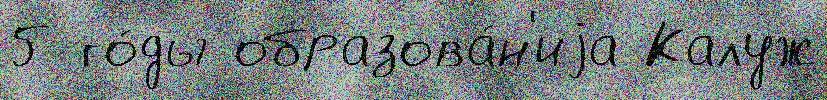
5 го́ды образова́н'иjа Калуж